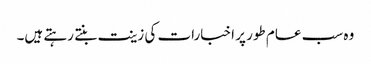
وہ سب عام طور پر اخبارات کی زینت بنتے رہتے ہیں۔